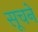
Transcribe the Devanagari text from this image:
सूचने